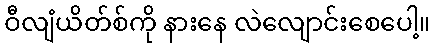
ဝီလျံယိတ်စ်ကို နားနေ လဲလျောင်းစေပေါ့။